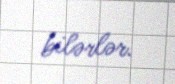
bilərlər.